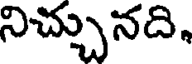
నిచ్చునది,